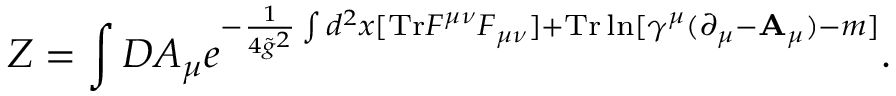
Z = \int { \cal D } A _ { \mu } e ^ { - { \frac { 1 } { 4 { \tilde { g } } ^ { 2 } } } \int d ^ { 2 } x [ \mathrm { T r } F ^ { \mu \nu } F _ { \mu \nu } ] + \mathrm { T r } \ln [ \gamma ^ { \mu } ( \partial _ { \mu } - { \bf A } _ { \mu } ) - m ] } .